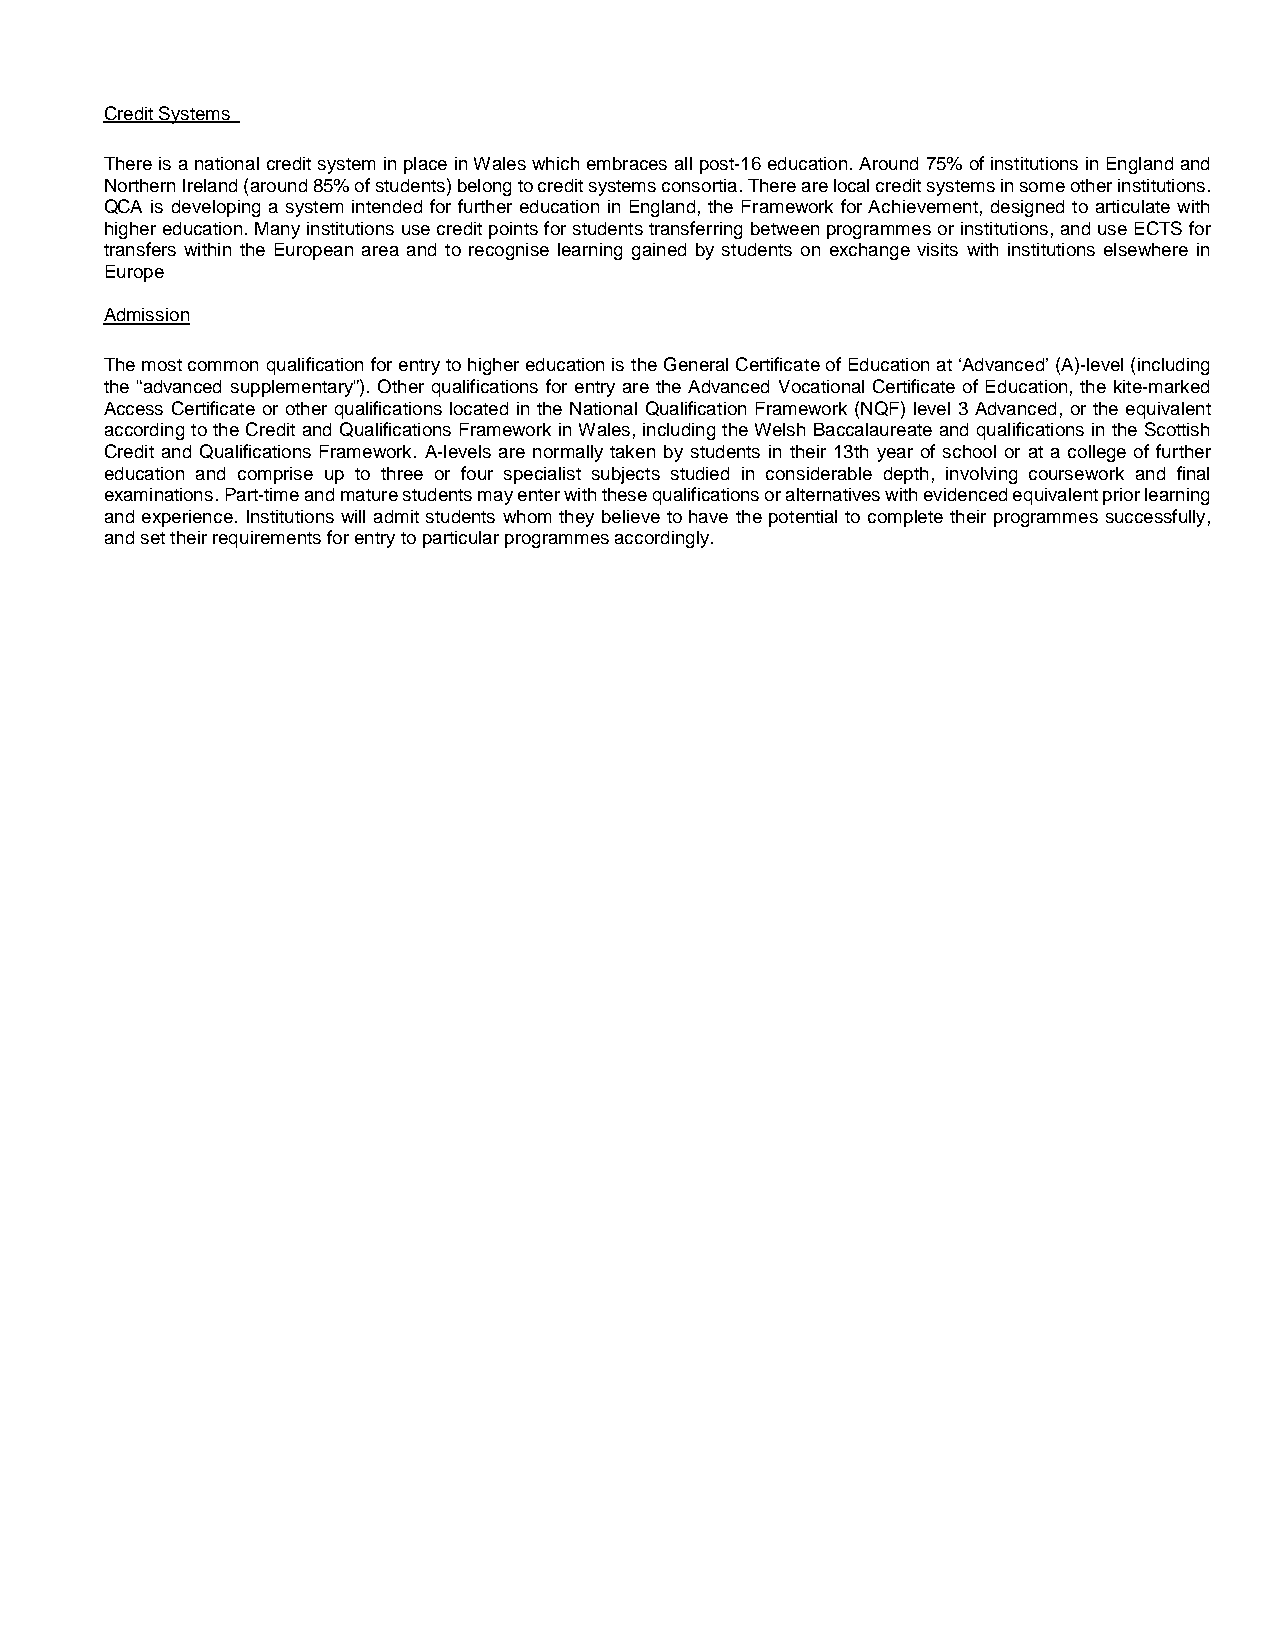
Credit Systems
 There is a national credit system in place in Wales which embraces all post-16 education. Around 75% of institutions in England and
 Northern Ireland (around 85% of students) belong to credit systems consortia. There are local credit systems in some other institutions.
 QCA is developing a system intended for further education in England, the Framework for Achievement, designed to articulate with
 higher education. Many institutions use credit points for students transferring between programmes or institutions, and use ECTS for
 transfers within the European area and to recognise learning gained by students on exchange visits with institutions elsewhere in
 Europe
 Admission
 The most common qualification for entry to higher education is the General Certificate of Education at ‘Advanced’ (A)-level (including
 the “advanced supplementary”). Other qualifications for entry are the Advanced Vocational Certificate of Education, the kite-marked
 Access Certificate or other qualifications located in the National Qualification Framework (NQF) level 3 Advanced, or the equivalent
 according to the Credit and Qualifications Framework in Wales, including the Welsh Baccalaureate and qualifications in the Scottish
 Credit and Qualifications Framework. A-levels are normally taken by students in their 13th year of school or at a college of further
 education and comprise up to three or four specialist subjects studied in considerable depth, involving coursework and final
 examinations. Part-time and mature students may enter with these qualifications or alternatives with evidenced equivalent prior learning
 and experience. Institutions will admit students whom they believe to have the potential to complete their programmes successfully,
 and set their requirements for entry to particular programmes accordingly.